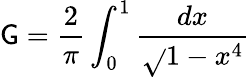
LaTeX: \mathsf{G}={\frac{{2}}{{\pi}}}\int_{0}^{1}{\frac{{dx}}{{\sqrt{}{{1-x^{4}}}}}}